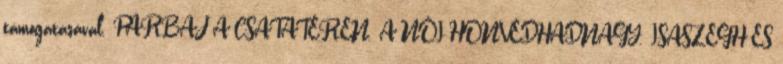
támogatásával. PÁRBAJ A CSATATÉREN. A NŐI HONVÉDHADNAGY. ISASZEGH ÉS